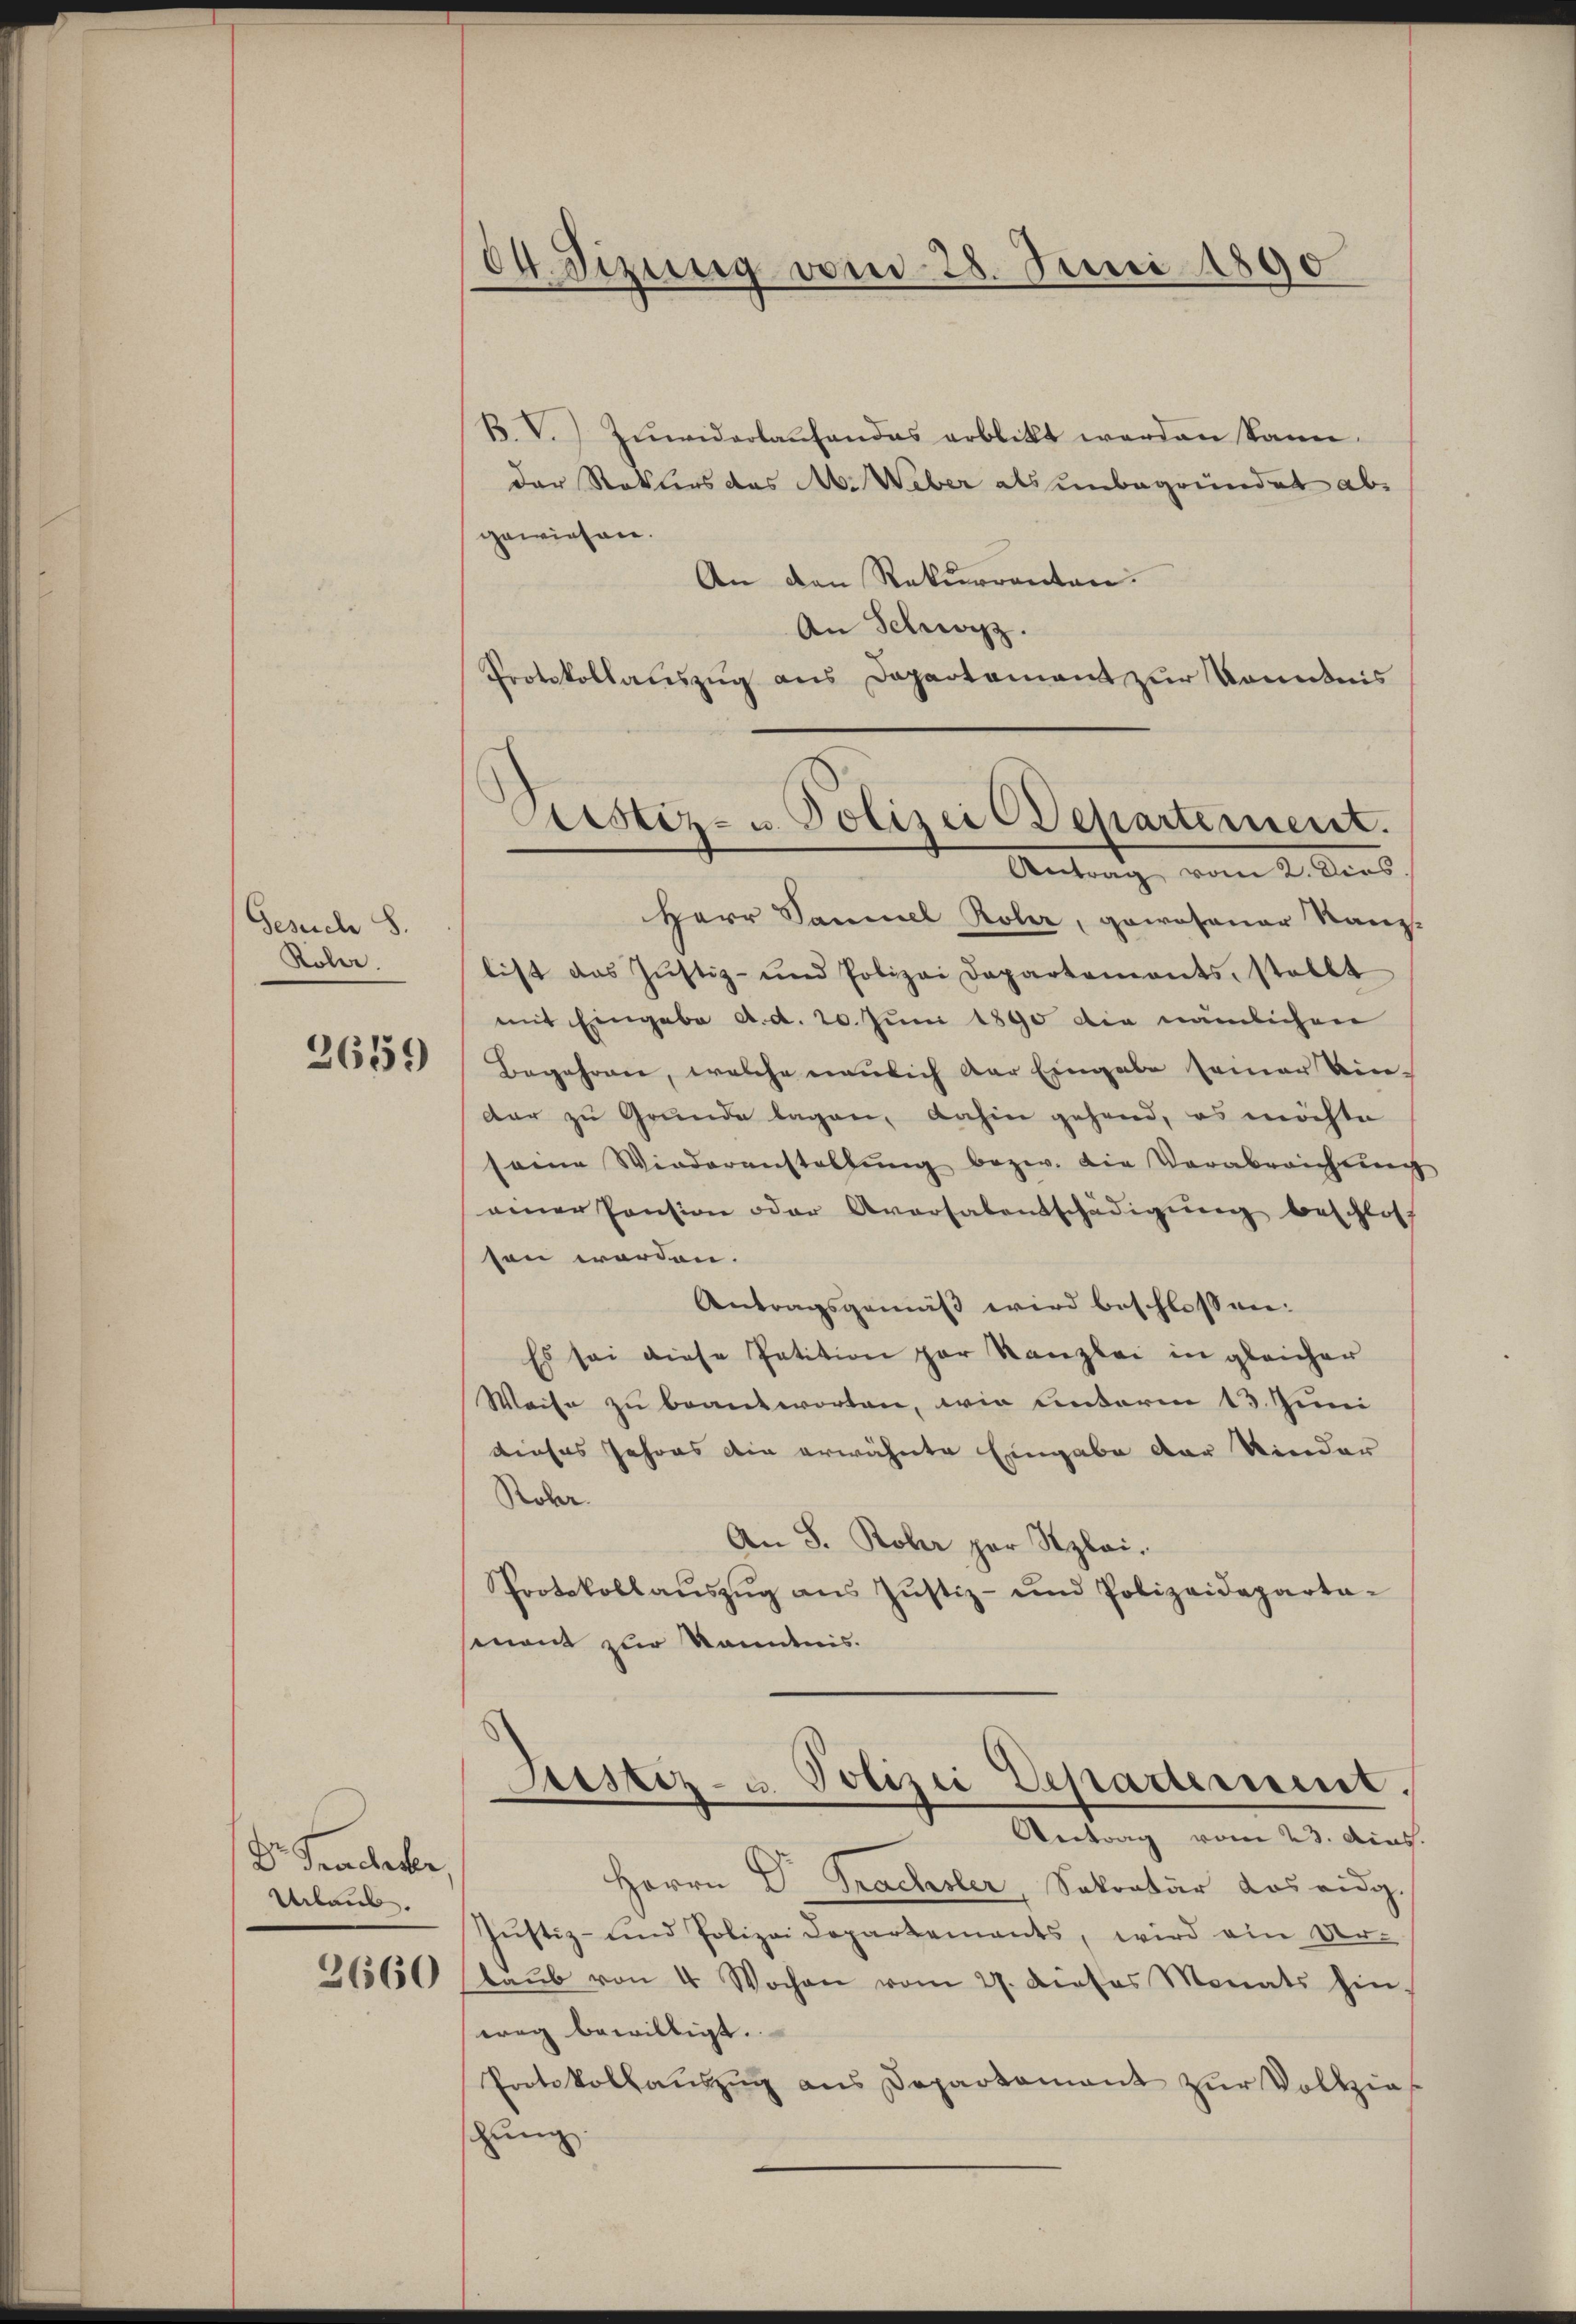
Gesuch S.
Kober

2659

Dr. Frachter
Urlaub.

2660

04 Sizung vom 28. Juni 1890

B. V. Zuwiderlaufendes erblickt werden kann.
der Stoklios das A. Weber als unbegründet abgewiesen.
An den Rekurrenten.
An Schwyz.
Protokollauszug aus Departament zur Kenntnis
Herr Sammel Rober, gorosener Kanz-
list das Justiz- und Polizei Departements, stellt
mit Eingabe d. d. 20. Juni 1890 die nämlichen
Begehren, welche neulich der Eingabe seiner Ein-
dar zu Grunde lagen, dahin gehend, es möchte
same Wiederanstallŭng bezw. die Verabreichtung
einer Pension oder Aversalentschädigung beschlos
sen worden.
Antragsgemäß wird beschlossen:
Es sei diese Petition par Kanzlei in gleicher
Weise zu beantworten, wie unterm 13. Juni
dieses Jahres die erwähnte Eingabe der Kinder
Robr.
An S. Rober par Szlai.
Protokollaŭszŭg aŭs Jŭstiz- und Polizeideparta-
mnent zur Kenntnis.

Ctistiz- u. Polizei Departement.
Antrag vom 2. Dieb.

Justiz- u. Polizei Departement.
Vertrag vom 23. dens.

Herrn Dr. Prachsler, Sekretär das eidg.
Jŭstiz- und Polizei Departements, wird ein Ur-
laŭb von 4 Wochen vom 27. dieses Monats hin
weg bewilligt.
Protokollaŭszŭg ans Departamant zŭr Vollzie
hung.